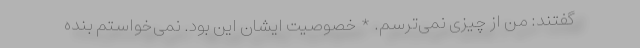
گفتند: من از چیزی نمی‌ترسم. * خصوصیت ایشان این بود. نمی‌خواستم بنده